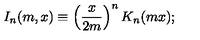
I _ { n } ( m , x ) \equiv \left( \frac { x } { 2 m } \right) ^ { n } K _ { n } ( m x ) ;